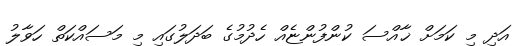
އަދި މި ކަމަށް ޚާއްސަ ކުންފުންޏެއް ހެދުމުގެ ބަދަލުގައި މި މަސައްކަތް ހަވާލު